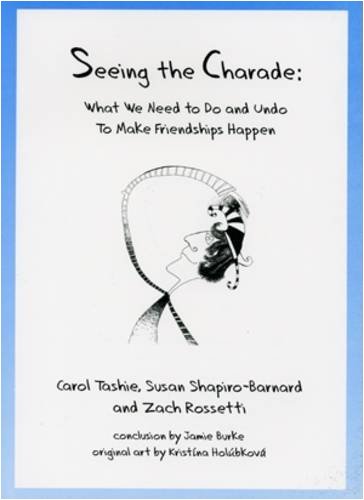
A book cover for Seeing the Charade; Carol Tashie; Teen & Young Adult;